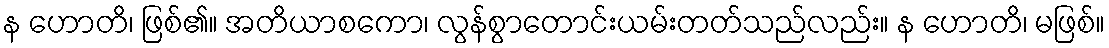
န ဟောတိ၊ ဖြစ်၏။ အတိယာစကော၊ လွန်စွာတောင်းယမ်းတတ်သည်လည်း။ န ဟောတိ၊ မဖြစ်။